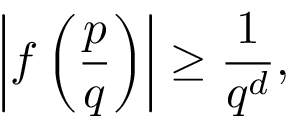
\left| f \left( { \frac { p } { q } } \right) \right| \geq { \frac { 1 } { q ^ { d } } } ,